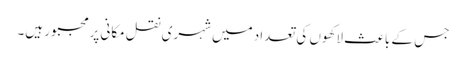
جس کے باعث لاکھوں کی تعداد میں شہری نقل مکانی پرمجبور ہیں۔